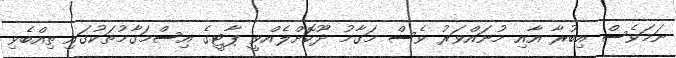
ނަމަވެސް އިބުރާ އާއި މުނައްވަރު ވެސް މަގާމު ދޫކޮށްލެއްވީ ޕާޓީގެ އިސްމަގާމުތަކުގައި ތިއްބެވި